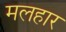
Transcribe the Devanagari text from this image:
मलहार